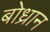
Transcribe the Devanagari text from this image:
बोध्रान